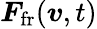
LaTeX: \boldsymbol{F}_{\mathrm{fr}}(\boldsymbol{v},t)